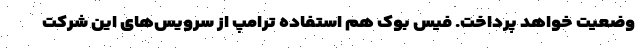
وضعیت خواهد پرداخت. فیس بوک هم استفاده ترامپ از سرویس‌های این شرکت